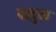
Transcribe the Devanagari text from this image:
वाटुळ